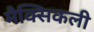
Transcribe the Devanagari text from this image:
मैक्सिकली